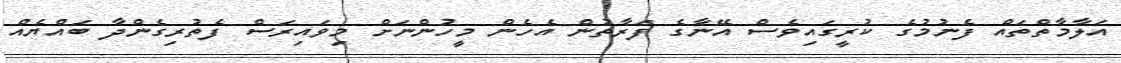
އަލާމާތްތައް ފެނުމުގެ ކުރީގައިވެސް އޭނާގެ ފަރާތުން އެހެން މީހުންނަށް މިވައިރަސް ފެތުރިގެންދާ ބައްޔެއް